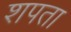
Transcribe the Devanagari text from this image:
शपता